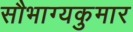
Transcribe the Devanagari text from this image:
सौभाग्यकुमार